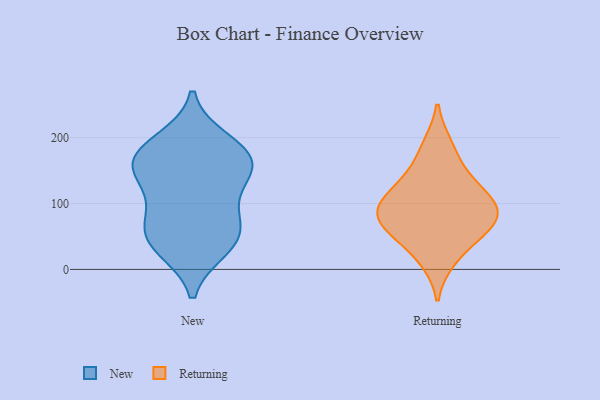
{"axis": {"x": "Humidity (%)", "y": "Value"}, "legend": ["New", "Returning"], "data": [{"x": "", "y": 81, "type": "New"}, {"x": "", "y": 194, "type": "New"}, {"x": "", "y": 33, "type": "New"}, {"x": "", "y": 41, "type": "New"}, {"x": "", "y": 180, "type": "New"}, {"x": "", "y": 148, "type": "New"}, {"x": "", "y": 48, "type": "New"}, {"x": "", "y": 67, "type": "New"}, {"x": "", "y": 165, "type": "New"}, {"x": "", "y": 156, "type": "New"}, {"x": "", "y": 163, "type": "New"}, {"x": "", "y": 117, "type": "New"}, {"x": "", "y": 49, "type": "Returning"}, {"x": "", "y": 128, "type": "Returning"}, {"x": "", "y": 151, "type": "Returning"}, {"x": "", "y": 67, "type": "Returning"}, {"x": "", "y": 13, "type": "Returning"}, {"x": "", "y": 86, "type": "Returning"}, {"x": "", "y": 96, "type": "Returning"}, {"x": "", "y": 91, "type": "Returning"}, {"x": "", "y": 110, "type": "Returning"}, {"x": "", "y": 60, "type": "Returning"}, {"x": "", "y": 190, "type": "Returning"}]}